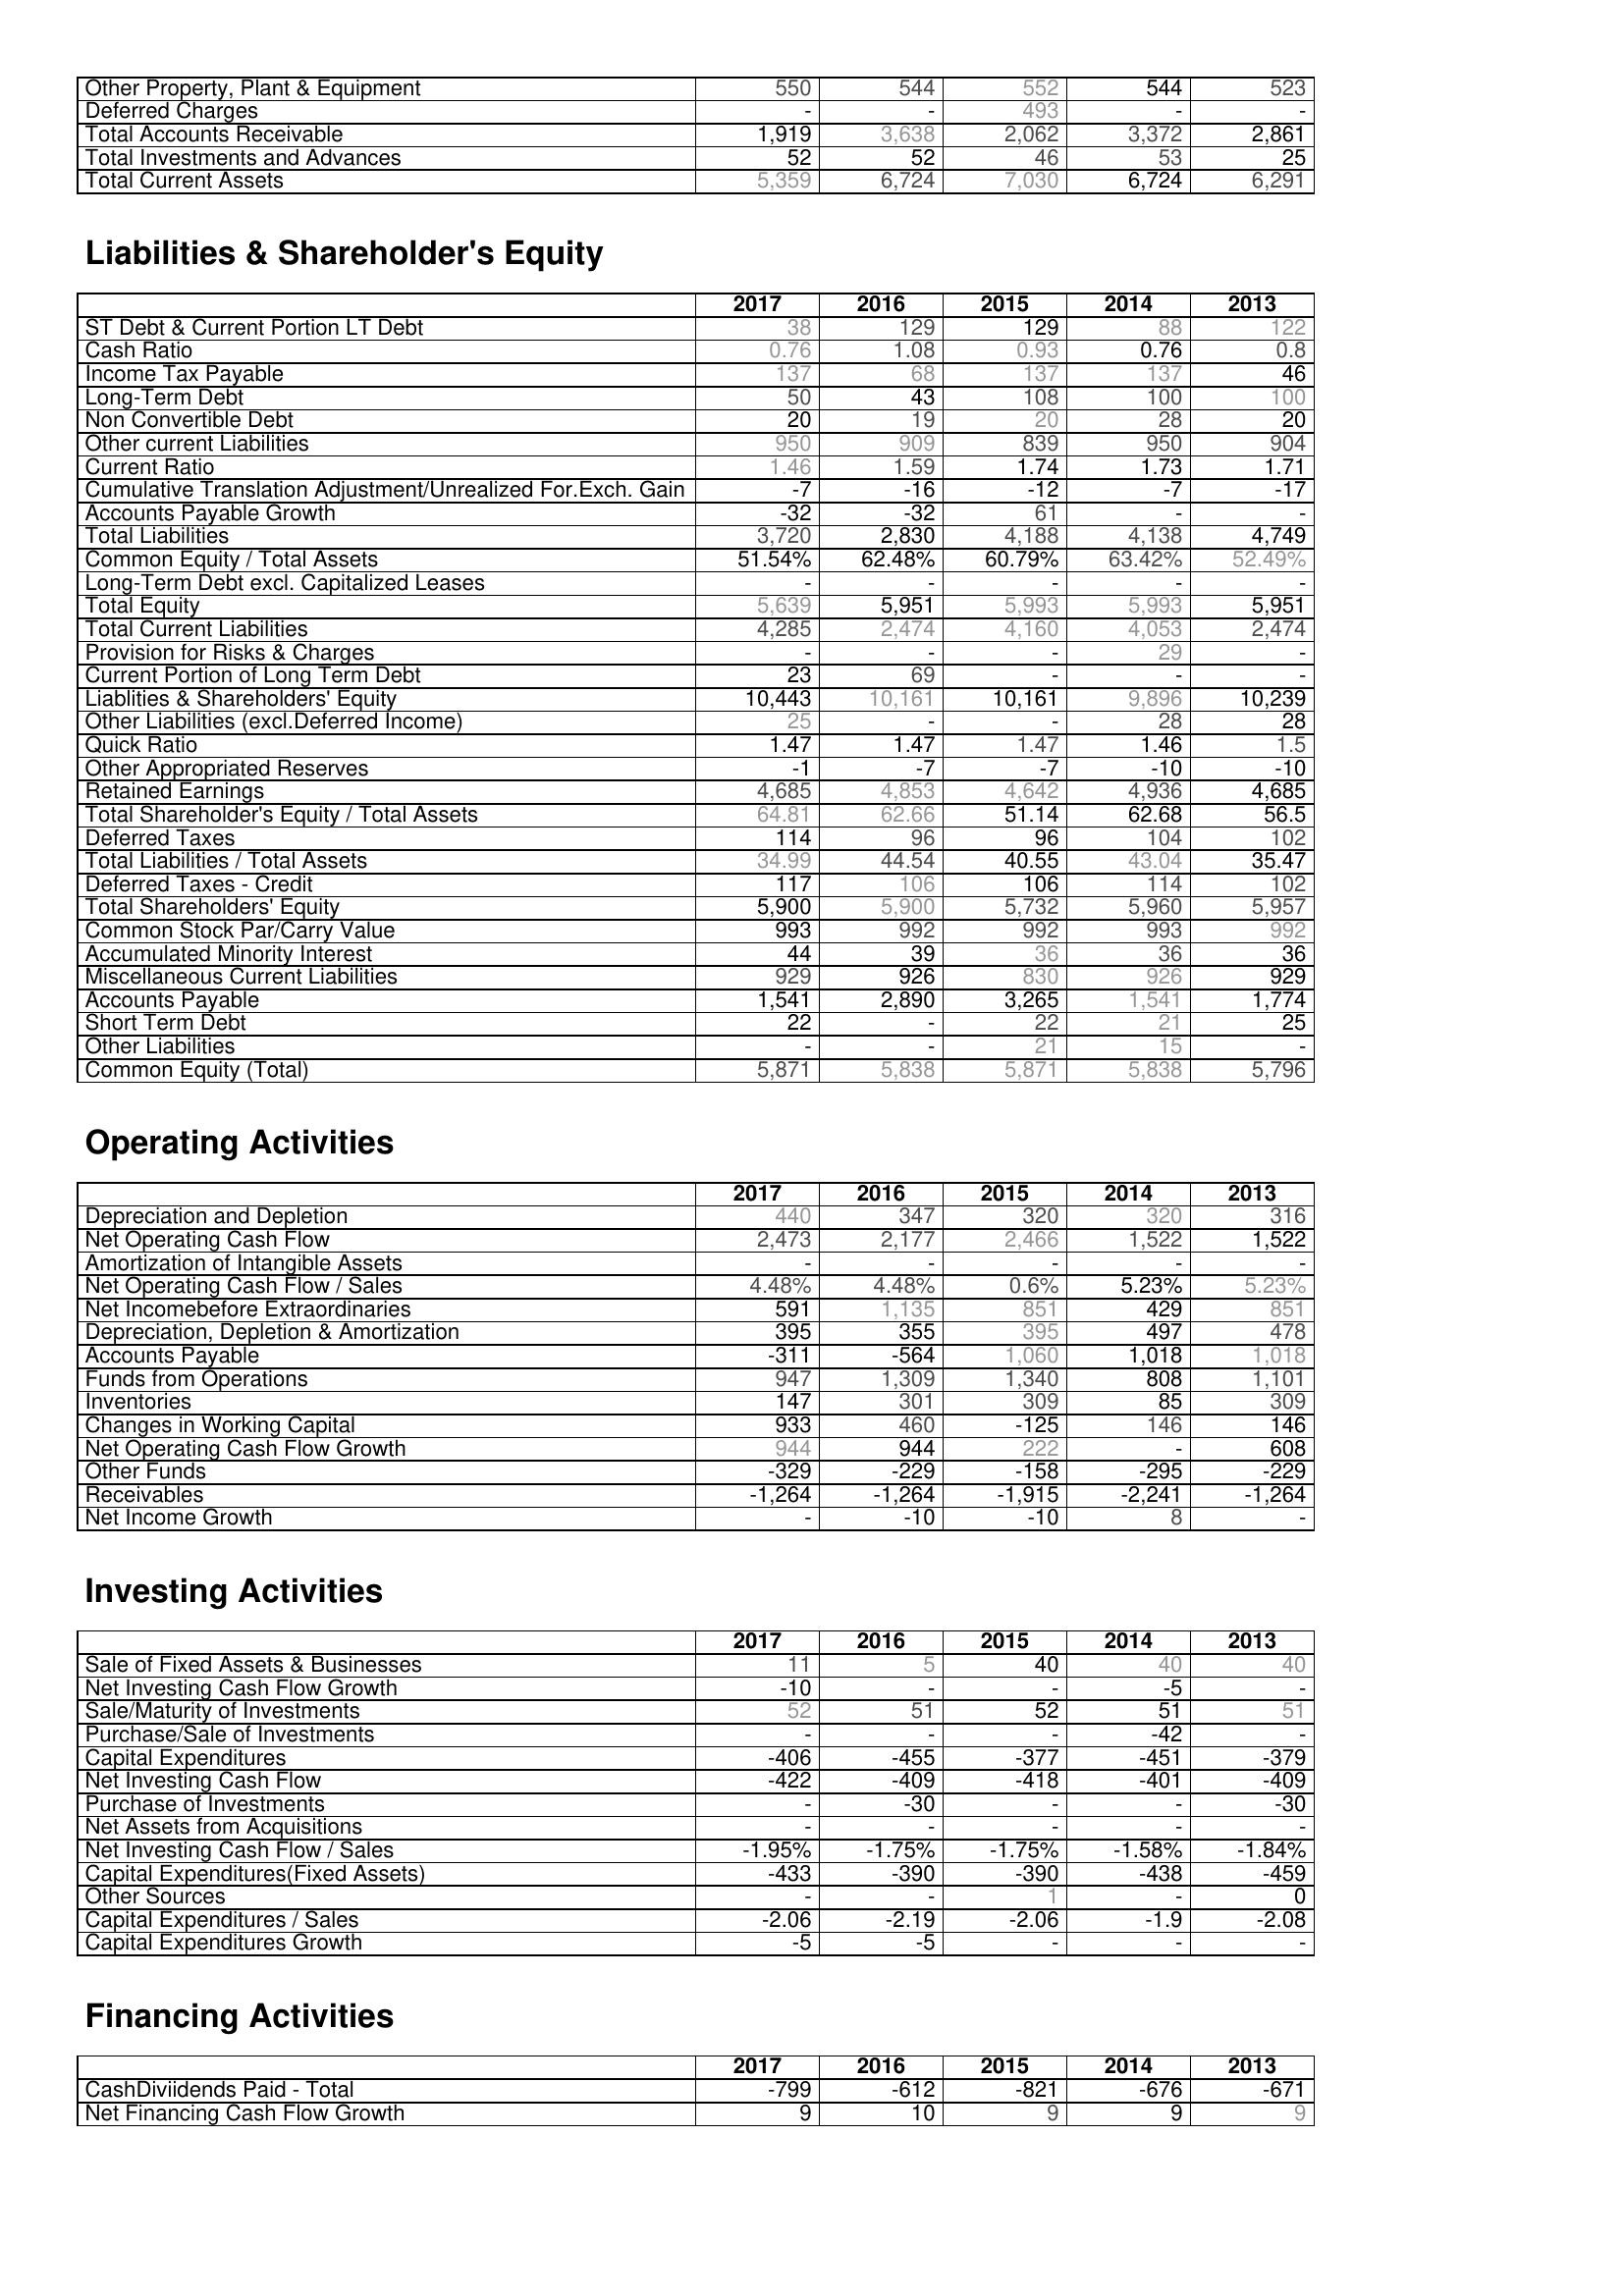
2017: Assets: Other Property, Plant & Equipment: 550
Deferred Charges: -
Total Accounts Receivable: 1,919
Total Investments and Advances: 52
Total Current Assets: 5,359
Liabilities & Shareholder's Equity: ST Debt & Current Portion LT Debt: 38
Cash Ratio: 0.76
Income Tax Payable: 137
Long-Term Debt: 50
Non Convertible Debt: 20
Other current Liabilities: 950
Current Ratio: 1.46
Cumulative Translation Adjustment/Unrealized For.Exch. Gain: -7
Accounts Payable Growth: -32
Total Liabilities: 3,720
Common Equity / Total Assets: 51.54%
Long-Term Debt excl. Capitalized Leases: -
Total Equity: 5,639
Total Current Liabilities: 4,285
Provision for Risks & Charges: -
Current Portion of Long Term Debt: 23
Liablities & Shareholders' Equity: 10,443
Other Liabilities (excl.Deferred Income): 25
Quick Ratio: 1.47
Other Appropriated Reserves: -1
Retained Earnings: 4,685
Total Shareholder's Equity / Total Assets: 64.81
Deferred Taxes: 114
Total Liabilities / Total Assets: 34.99
Deferred Taxes - Credit: 117
Total Shareholders' Equity: 5,900
Common Stock Par/Carry Value: 993
Accumulated Minority Interest: 44
Miscellaneous Current Liabilities: 929
Accounts Payable: 1,541
Short Term Debt: 22
Other Liabilities: -
Common Equity (Total): 5,871
Operating Activities: Depreciation and Depletion: 440
Net Operating Cash Flow: 2,473
Amortization of Intangible Assets: -
Net Operating Cash Flow / Sales: 4.48%
Net Incomebefore Extraordinaries: 591
Depreciation, Depletion & Amortization: 395
Accounts Payable: -311
Funds from Operations: 947
Inventories: 147
Changes in Working Capital: 933
Net Operating Cash Flow Growth: 944
Other Funds: -329
Receivables: -1,264
Net Income Growth: -
Investing Activities: Sale of Fixed Assets & Businesses: 11
Net Investing Cash Flow Growth: -10
Sale/Maturity of Investments: 52
Purchase/Sale of Investments: -
Capital Expenditures: -406
Net Investing Cash Flow: -422
Purchase of Investments: -
Net Assets from Acquisitions: -
Net Investing Cash Flow / Sales: -1.95%
Capital Expenditures(Fixed Assets): -433
Other Sources: -
Capital Expenditures / Sales: -2.06
Capital Expenditures Growth: -5
Financing Activities: CashDiviidends Paid - Total: -799
Net Financing Cash Flow Growth: 9
2016: Assets: Other Property, Plant & Equipment: 544
Deferred Charges: -
Total Accounts Receivable: 3,638
Total Investments and Advances: 52
Total Current Assets: 6,724
Liabilities & Shareholder's Equity: ST Debt & Current Portion LT Debt: 129
Cash Ratio: 1.08
Income Tax Payable: 68
Long-Term Debt: 43
Non Convertible Debt: 19
Other current Liabilities: 909
Current Ratio: 1.59
Cumulative Translation Adjustment/Unrealized For.Exch. Gain: -16
Accounts Payable Growth: -32
Total Liabilities: 2,830
Common Equity / Total Assets: 62.48%
Long-Term Debt excl. Capitalized Leases: -
Total Equity: 5,951
Total Current Liabilities: 2,474
Provision for Risks & Charges: -
Current Portion of Long Term Debt: 69
Liablities & Shareholders' Equity: 10,161
Other Liabilities (excl.Deferred Income): -
Quick Ratio: 1.47
Other Appropriated Reserves: -7
Retained Earnings: 4,853
Total Shareholder's Equity / Total Assets: 62.66
Deferred Taxes: 96
Total Liabilities / Total Assets: 44.54
Deferred Taxes - Credit: 106
Total Shareholders' Equity: 5,900
Common Stock Par/Carry Value: 992
Accumulated Minority Interest: 39
Miscellaneous Current Liabilities: 926
Accounts Payable: 2,890
Short Term Debt: -
Other Liabilities: -
Common Equity (Total): 5,838
Operating Activities: Depreciation and Depletion: 347
Net Operating Cash Flow: 2,177
Amortization of Intangible Assets: -
Net Operating Cash Flow / Sales: 4.48%
Net Incomebefore Extraordinaries: 1,135
Depreciation, Depletion & Amortization: 355
Accounts Payable: -564
Funds from Operations: 1,309
Inventories: 301
Changes in Working Capital: 460
Net Operating Cash Flow Growth: 944
Other Funds: -229
Receivables: -1,264
Net Income Growth: -10
Investing Activities: Sale of Fixed Assets & Businesses: 5
Net Investing Cash Flow Growth: -
Sale/Maturity of Investments: 51
Purchase/Sale of Investments: -
Capital Expenditures: -455
Net Investing Cash Flow: -409
Purchase of Investments: -30
Net Assets from Acquisitions: -
Net Investing Cash Flow / Sales: -1.75%
Capital Expenditures(Fixed Assets): -390
Other Sources: -
Capital Expenditures / Sales: -2.19
Capital Expenditures Growth: -5
Financing Activities: CashDiviidends Paid - Total: -612
Net Financing Cash Flow Growth: 10
2015: Assets: Other Property, Plant & Equipment: 552
Deferred Charges: 493
Total Accounts Receivable: 2,062
Total Investments and Advances: 46
Total Current Assets: 7,030
Liabilities & Shareholder's Equity: ST Debt & Current Portion LT Debt: 129
Cash Ratio: 0.93
Income Tax Payable: 137
Long-Term Debt: 108
Non Convertible Debt: 20
Other current Liabilities: 839
Current Ratio: 1.74
Cumulative Translation Adjustment/Unrealized For.Exch. Gain: -12
Accounts Payable Growth: 61
Total Liabilities: 4,188
Common Equity / Total Assets: 60.79%
Long-Term Debt excl. Capitalized Leases: -
Total Equity: 5,993
Total Current Liabilities: 4,160
Provision for Risks & Charges: -
Current Portion of Long Term Debt: -
Liablities & Shareholders' Equity: 10,161
Other Liabilities (excl.Deferred Income): -
Quick Ratio: 1.47
Other Appropriated Reserves: -7
Retained Earnings: 4,642
Total Shareholder's Equity / Total Assets: 51.14
Deferred Taxes: 96
Total Liabilities / Total Assets: 40.55
Deferred Taxes - Credit: 106
Total Shareholders' Equity: 5,732
Common Stock Par/Carry Value: 992
Accumulated Minority Interest: 36
Miscellaneous Current Liabilities: 830
Accounts Payable: 3,265
Short Term Debt: 22
Other Liabilities: 21
Common Equity (Total): 5,871
Operating Activities: Depreciation and Depletion: 320
Net Operating Cash Flow: 2,466
Amortization of Intangible Assets: -
Net Operating Cash Flow / Sales: 0.6%
Net Incomebefore Extraordinaries: 851
Depreciation, Depletion & Amortization: 395
Accounts Payable: 1,060
Funds from Operations: 1,340
Inventories: 309
Changes in Working Capital: -125
Net Operating Cash Flow Growth: 222
Other Funds: -158
Receivables: -1,915
Net Income Growth: -10
Investing Activities: Sale of Fixed Assets & Businesses: 40
Net Investing Cash Flow Growth: -
Sale/Maturity of Investments: 52
Purchase/Sale of Investments: -
Capital Expenditures: -377
Net Investing Cash Flow: -418
Purchase of Investments: -
Net Assets from Acquisitions: -
Net Investing Cash Flow / Sales: -1.75%
Capital Expenditures(Fixed Assets): -390
Other Sources: 1
Capital Expenditures / Sales: -2.06
Capital Expenditures Growth: -
Financing Activities: CashDiviidends Paid - Total: -821
Net Financing Cash Flow Growth: 9
2014: Assets: Other Property, Plant & Equipment: 544
Deferred Charges: -
Total Accounts Receivable: 3,372
Total Investments and Advances: 53
Total Current Assets: 6,724
Liabilities & Shareholder's Equity: ST Debt & Current Portion LT Debt: 88
Cash Ratio: 0.76
Income Tax Payable: 137
Long-Term Debt: 100
Non Convertible Debt: 28
Other current Liabilities: 950
Current Ratio: 1.73
Cumulative Translation Adjustment/Unrealized For.Exch. Gain: -7
Accounts Payable Growth: -
Total Liabilities: 4,138
Common Equity / Total Assets: 63.42%
Long-Term Debt excl. Capitalized Leases: -
Total Equity: 5,993
Total Current Liabilities: 4,053
Provision for Risks & Charges: 29
Current Portion of Long Term Debt: -
Liablities & Shareholders' Equity: 9,896
Other Liabilities (excl.Deferred Income): 28
Quick Ratio: 1.46
Other Appropriated Reserves: -10
Retained Earnings: 4,936
Total Shareholder's Equity / Total Assets: 62.68
Deferred Taxes: 104
Total Liabilities / Total Assets: 43.04
Deferred Taxes - Credit: 114
Total Shareholders' Equity: 5,960
Common Stock Par/Carry Value: 993
Accumulated Minority Interest: 36
Miscellaneous Current Liabilities: 926
Accounts Payable: 1,541
Short Term Debt: 21
Other Liabilities: 15
Common Equity (Total): 5,838
Operating Activities: Depreciation and Depletion: 320
Net Operating Cash Flow: 1,522
Amortization of Intangible Assets: -
Net Operating Cash Flow / Sales: 5.23%
Net Incomebefore Extraordinaries: 429
Depreciation, Depletion & Amortization: 497
Accounts Payable: 1,018
Funds from Operations: 808
Inventories: 85
Changes in Working Capital: 146
Net Operating Cash Flow Growth: -
Other Funds: -295
Receivables: -2,241
Net Income Growth: 8
Investing Activities: Sale of Fixed Assets & Businesses: 40
Net Investing Cash Flow Growth: -5
Sale/Maturity of Investments: 51
Purchase/Sale of Investments: -42
Capital Expenditures: -451
Net Investing Cash Flow: -401
Purchase of Investments: -
Net Assets from Acquisitions: -
Net Investing Cash Flow / Sales: -1.58%
Capital Expenditures(Fixed Assets): -438
Other Sources: -
Capital Expenditures / Sales: -1.9
Capital Expenditures Growth: -
Financing Activities: CashDiviidends Paid - Total: -676
Net Financing Cash Flow Growth: 9
2013: Assets: Other Property, Plant & Equipment: 523
Deferred Charges: -
Total Accounts Receivable: 2,861
Total Investments and Advances: 25
Total Current Assets: 6,291
Liabilities & Shareholder's Equity: ST Debt & Current Portion LT Debt: 122
Cash Ratio: 0.8
Income Tax Payable: 46
Long-Term Debt: 100
Non Convertible Debt: 20
Other current Liabilities: 904
Current Ratio: 1.71
Cumulative Translation Adjustment/Unrealized For.Exch. Gain: -17
Accounts Payable Growth: -
Total Liabilities: 4,749
Common Equity / Total Assets: 52.49%
Long-Term Debt excl. Capitalized Leases: -
Total Equity: 5,951
Total Current Liabilities: 2,474
Provision for Risks & Charges: -
Current Portion of Long Term Debt: -
Liablities & Shareholders' Equity: 10,239
Other Liabilities (excl.Deferred Income): 28
Quick Ratio: 1.5
Other Appropriated Reserves: -10
Retained Earnings: 4,685
Total Shareholder's Equity / Total Assets: 56.5
Deferred Taxes: 102
Total Liabilities / Total Assets: 35.47
Deferred Taxes - Credit: 102
Total Shareholders' Equity: 5,957
Common Stock Par/Carry Value: 992
Accumulated Minority Interest: 36
Miscellaneous Current Liabilities: 929
Accounts Payable: 1,774
Short Term Debt: 25
Other Liabilities: -
Common Equity (Total): 5,796
Operating Activities: Depreciation and Depletion: 316
Net Operating Cash Flow: 1,522
Amortization of Intangible Assets: -
Net Operating Cash Flow / Sales: 5.23%
Net Incomebefore Extraordinaries: 851
Depreciation, Depletion & Amortization: 478
Accounts Payable: 1,018
Funds from Operations: 1,101
Inventories: 309
Changes in Working Capital: 146
Net Operating Cash Flow Growth: 608
Other Funds: -229
Receivables: -1,264
Net Income Growth: -
Investing Activities: Sale of Fixed Assets & Businesses: 40
Net Investing Cash Flow Growth: -
Sale/Maturity of Investments: 51
Purchase/Sale of Investments: -
Capital Expenditures: -379
Net Investing Cash Flow: -409
Purchase of Investments: -30
Net Assets from Acquisitions: -
Net Investing Cash Flow / Sales: -1.84%
Capital Expenditures(Fixed Assets): -459
Other Sources: 0
Capital Expenditures / Sales: -2.08
Capital Expenditures Growth: -
Financing Activities: CashDiviidends Paid - Total: -671
Net Financing Cash Flow Growth: 9